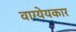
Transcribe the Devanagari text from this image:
वाग्येयकार